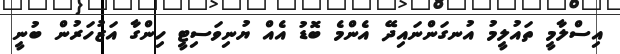
އިސްލާމީ ތައުލީމު އުނގަންނައިދޭ އެންމެ ބޮޑު އެއް ޔުނިވަސިޓީ ހިންގާ އަޒުހަރުން ބުނީ